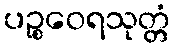
ပဉ္စဝေရသုတ္တံ